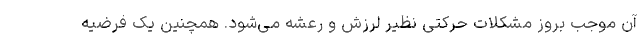
آن موجب بروز مشکلات حرکتی نظیر لرزش و رعشه می‌شود. همچنین یک فرضیه